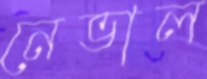
নেভাল